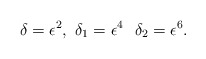
\begin{align*} \delta = \epsilon^2 ,~ \delta_{1} =\epsilon^4 ~ ~ \delta_{2} = \epsilon^6.\end{align*}